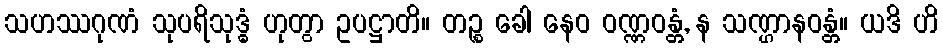
သဟဿဂုဏံ သုပရိသုဒ္ဓံ ဟုတွာ ဥပဋ္ဌာတိ။ တဉ္စ ခေါ နေဝ ဝဏ္ဏဝန္တံ, န သဏ္ဌာနဝန္တံ။ ယဒိ ဟိ